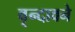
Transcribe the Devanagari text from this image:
वृन्दावने